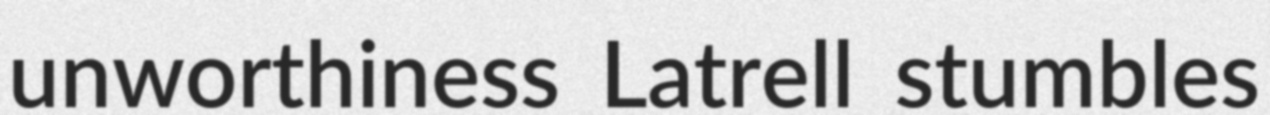
unworthiness Latrell stumbles